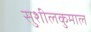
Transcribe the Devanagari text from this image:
सुशीलकुमाल